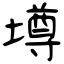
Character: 墫